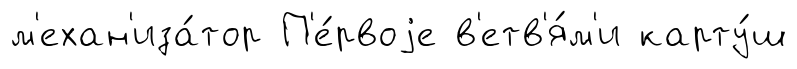
м'ехан'иза́тор П'е́рвоjе в'етв'я́м'и карту́ш